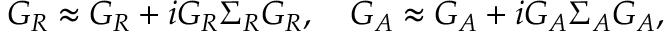
{ \cal G } _ { R } \approx G _ { R } + i G _ { R } \Sigma _ { R } G _ { R } , ~ ~ ~ { \cal G } _ { A } \approx G _ { A } + i G _ { A } \Sigma _ { A } G _ { A } ,